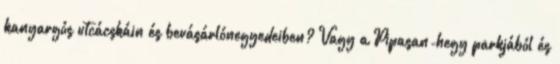
kanyargós utcácskáin és bevásárlónegyedeiben? Vagy a Pipasan-hegy parkjából és